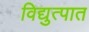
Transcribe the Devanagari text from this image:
विद्युत्पात